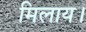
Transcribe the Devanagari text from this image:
मिलाय।